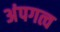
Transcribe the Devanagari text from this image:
अंपगत्व